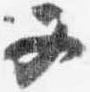
又